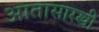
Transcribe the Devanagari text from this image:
आतासारखी